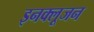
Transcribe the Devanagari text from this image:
इनक्लूजन